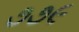
૭૭૯